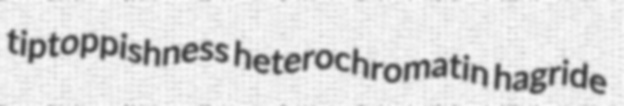
tiptoppishness heterochromatin hagride